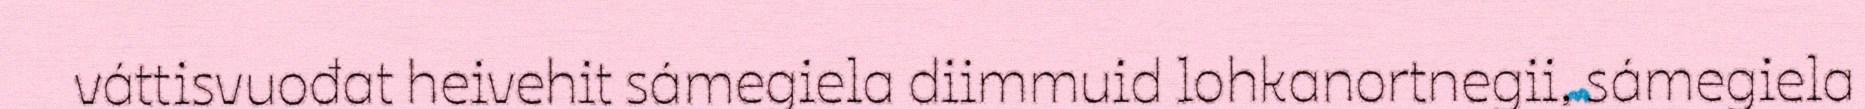
váttisvuođat heivehit sámegiela diimmuid lohkanortnegii, sámegiela